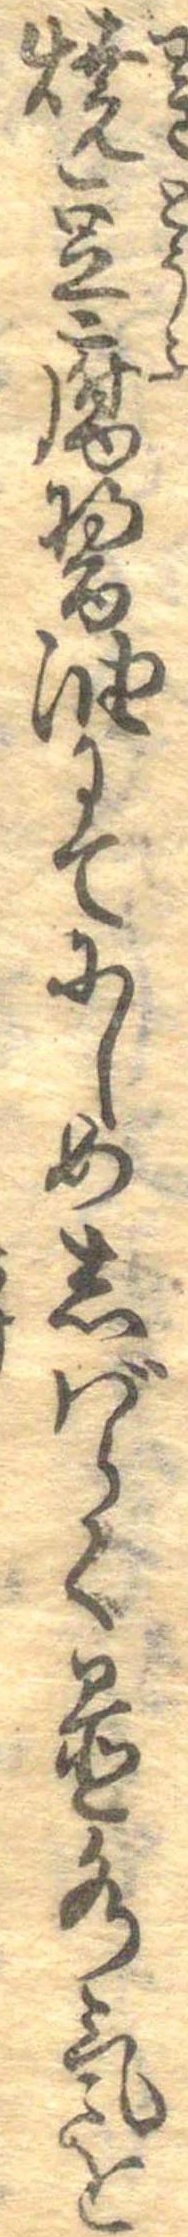
焼豆腐醤油にてにしめしばらく置水気を